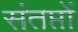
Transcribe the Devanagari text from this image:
संतप्तों